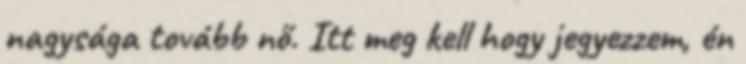
nagysága tovább nő. Itt meg kell hogy jegyezzem, én